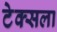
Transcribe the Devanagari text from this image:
टेक्सला